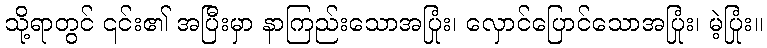
သို့ရာတွင် ၎င်း၏ အပြီးမှာ နာကြည်းသောအပြုံး၊ လှောင်ပြောင်သောအပြုံး၊ မဲ့ပြုံး။